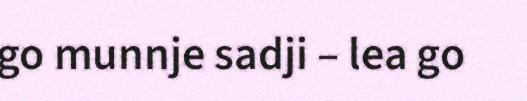
go munnje sadji – lea go